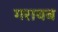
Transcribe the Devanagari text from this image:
गरायब